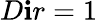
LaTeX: D\mathbf{i}r=1